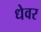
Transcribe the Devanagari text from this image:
धेवर